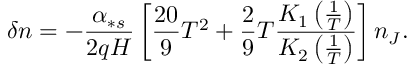
\delta n = - \frac { \alpha _ { \ast s } } { 2 q H } \left[ \frac { 2 0 } { 9 } T ^ { 2 } + \frac { 2 } { 9 } T \frac { K _ { 1 } \left( \frac { 1 } { T } \right) } { K _ { 2 } \left( \frac { 1 } { T } \right) } \right] n _ { J } .